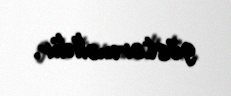
göstərməlidir.